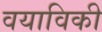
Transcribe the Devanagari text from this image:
वयाविकी